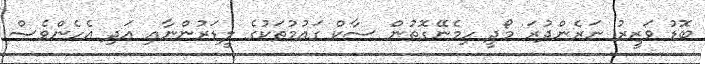
ބޮޑު ވަޒީރު ނަރެންދުރަ މޯދީ ހިމެނޭގޮތުން ސާކް ގައުމުތަކުގެ ލީޑަރުންނާއި އަދި އެހެންވެސް